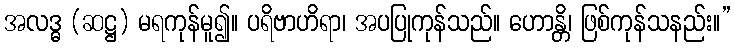
အလဒ္ဓ (ဆဋ္ဌ) မရကုန်မူ၍။ ပရိဗာဟိရာ၊ အပပြုကုန်သည်။ ဟောန္တိ၊ ဖြစ်ကုန်သနည်း။”